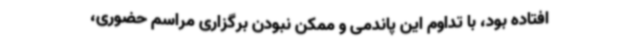
افتاده بود، با تداوم این پاندمی و ممکن نبودن برگزاری مراسم حضوری،